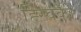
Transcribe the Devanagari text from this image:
ह्स्विकी